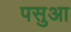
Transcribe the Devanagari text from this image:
पसुआ